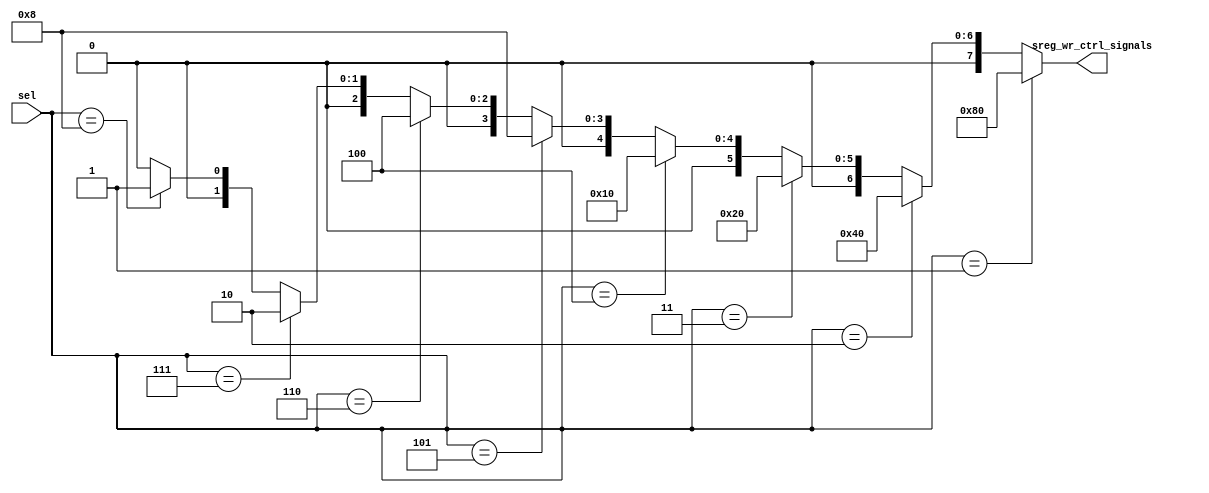
`timescale 1ns / 1ps

// Rcol, Rrow, Ri, Rj, Rtotal, Raddress, Rbnd, RcolTemp (order is important)
module SRegister_Decoder(
    input  [3:0] sel,
    output [7:0] sreg_wr_ctrl_signals  // only for special purpose registers
);

parameter
Rcol = 4'b0001,
Rrow = 4'b0010,
Ri   = 4'b0011, 
Rj   = 4'b0100, 
Rtotal = 4'b0101, 
Raddress = 4'b0110, 
Rbnd = 4'b0111, 
RcolTemp = 4'b1000;

// write signals
parameter
Rcol_write = 8'b10_00_00_00,
Rrow_write = 8'b01_00_00_00,
Ri_write   = 8'b00_10_00_00,
Rj_write   = 8'b00_01_00_00,
Rtotal_write     = 8'b00_00_10_00,
Raddress_write   = 8'b00_00_01_00,
Rbnd_write       = 8'b00_00_00_10,
RcolTemp_write   = 8'b00_00_00_01 ;

assign sreg_wr_ctrl_signals = (sel == Rcol)? Rcol_write:
                              (sel == Rrow)? Rrow_write: 
                              (sel == Ri)? Ri_write:
                              (sel == Rj)? Rj_write:
                              (sel == Rtotal)? Rtotal_write:
                              (sel == Raddress)? Raddress_write:
                              (sel == Rbnd)? Rbnd_write:
                              (sel == RcolTemp)? RcolTemp_write:
                              8'b0;
endmodule